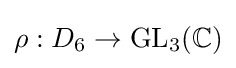
\rho :D_{6}\to {\text{GL}}_{3}(\mathbb {C} )